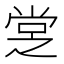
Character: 𡭿